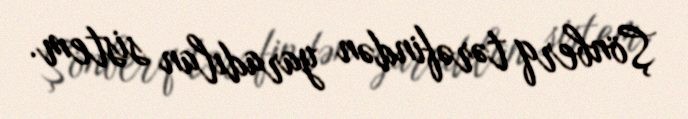
Şönberq tərəfindən yaradılan sistem.